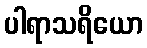
ပါရာသရိယော